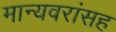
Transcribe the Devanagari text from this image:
मान्यवरांसह